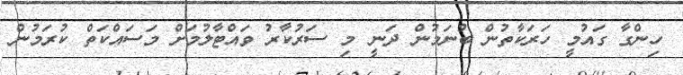
ހިންގާ ގައުމީ ހަރަކާތުން ބުނަމުން ދަނީ މި ސަރުކާރު ވައްޓާލުމަށް މަސައްކަތް ކުރަމުން